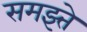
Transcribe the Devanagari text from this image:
समझ्ते